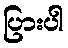
ပြားပါ